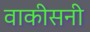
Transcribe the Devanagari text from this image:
वाकीसनी